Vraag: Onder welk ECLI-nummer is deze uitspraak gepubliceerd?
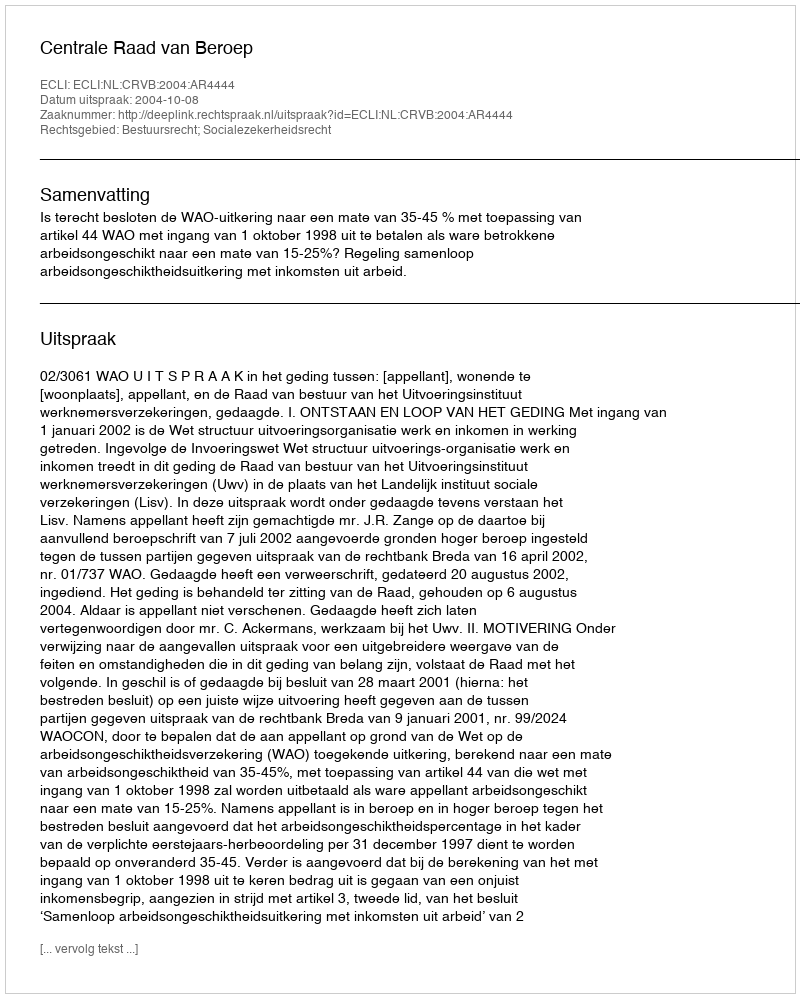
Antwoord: ECLI:NL:CRVB:2004:AR4444